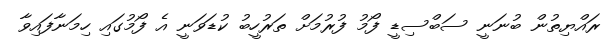
ރައްޔިތުން ބުނަނީ ސަބްސިޑީ ފޯމު ފުރުމަށް ތަރުހީބު ކުޑަވަނީ އެ ފޯމުގައި ހިމަނާފައިވާ